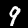
Label: 9